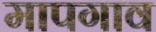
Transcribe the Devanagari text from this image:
मापगाव